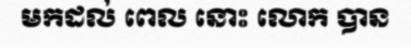
មកដល់ ពេល នោះ លោក បាន